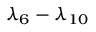
\lambda _ { 6 } - \lambda _ { 1 0 }